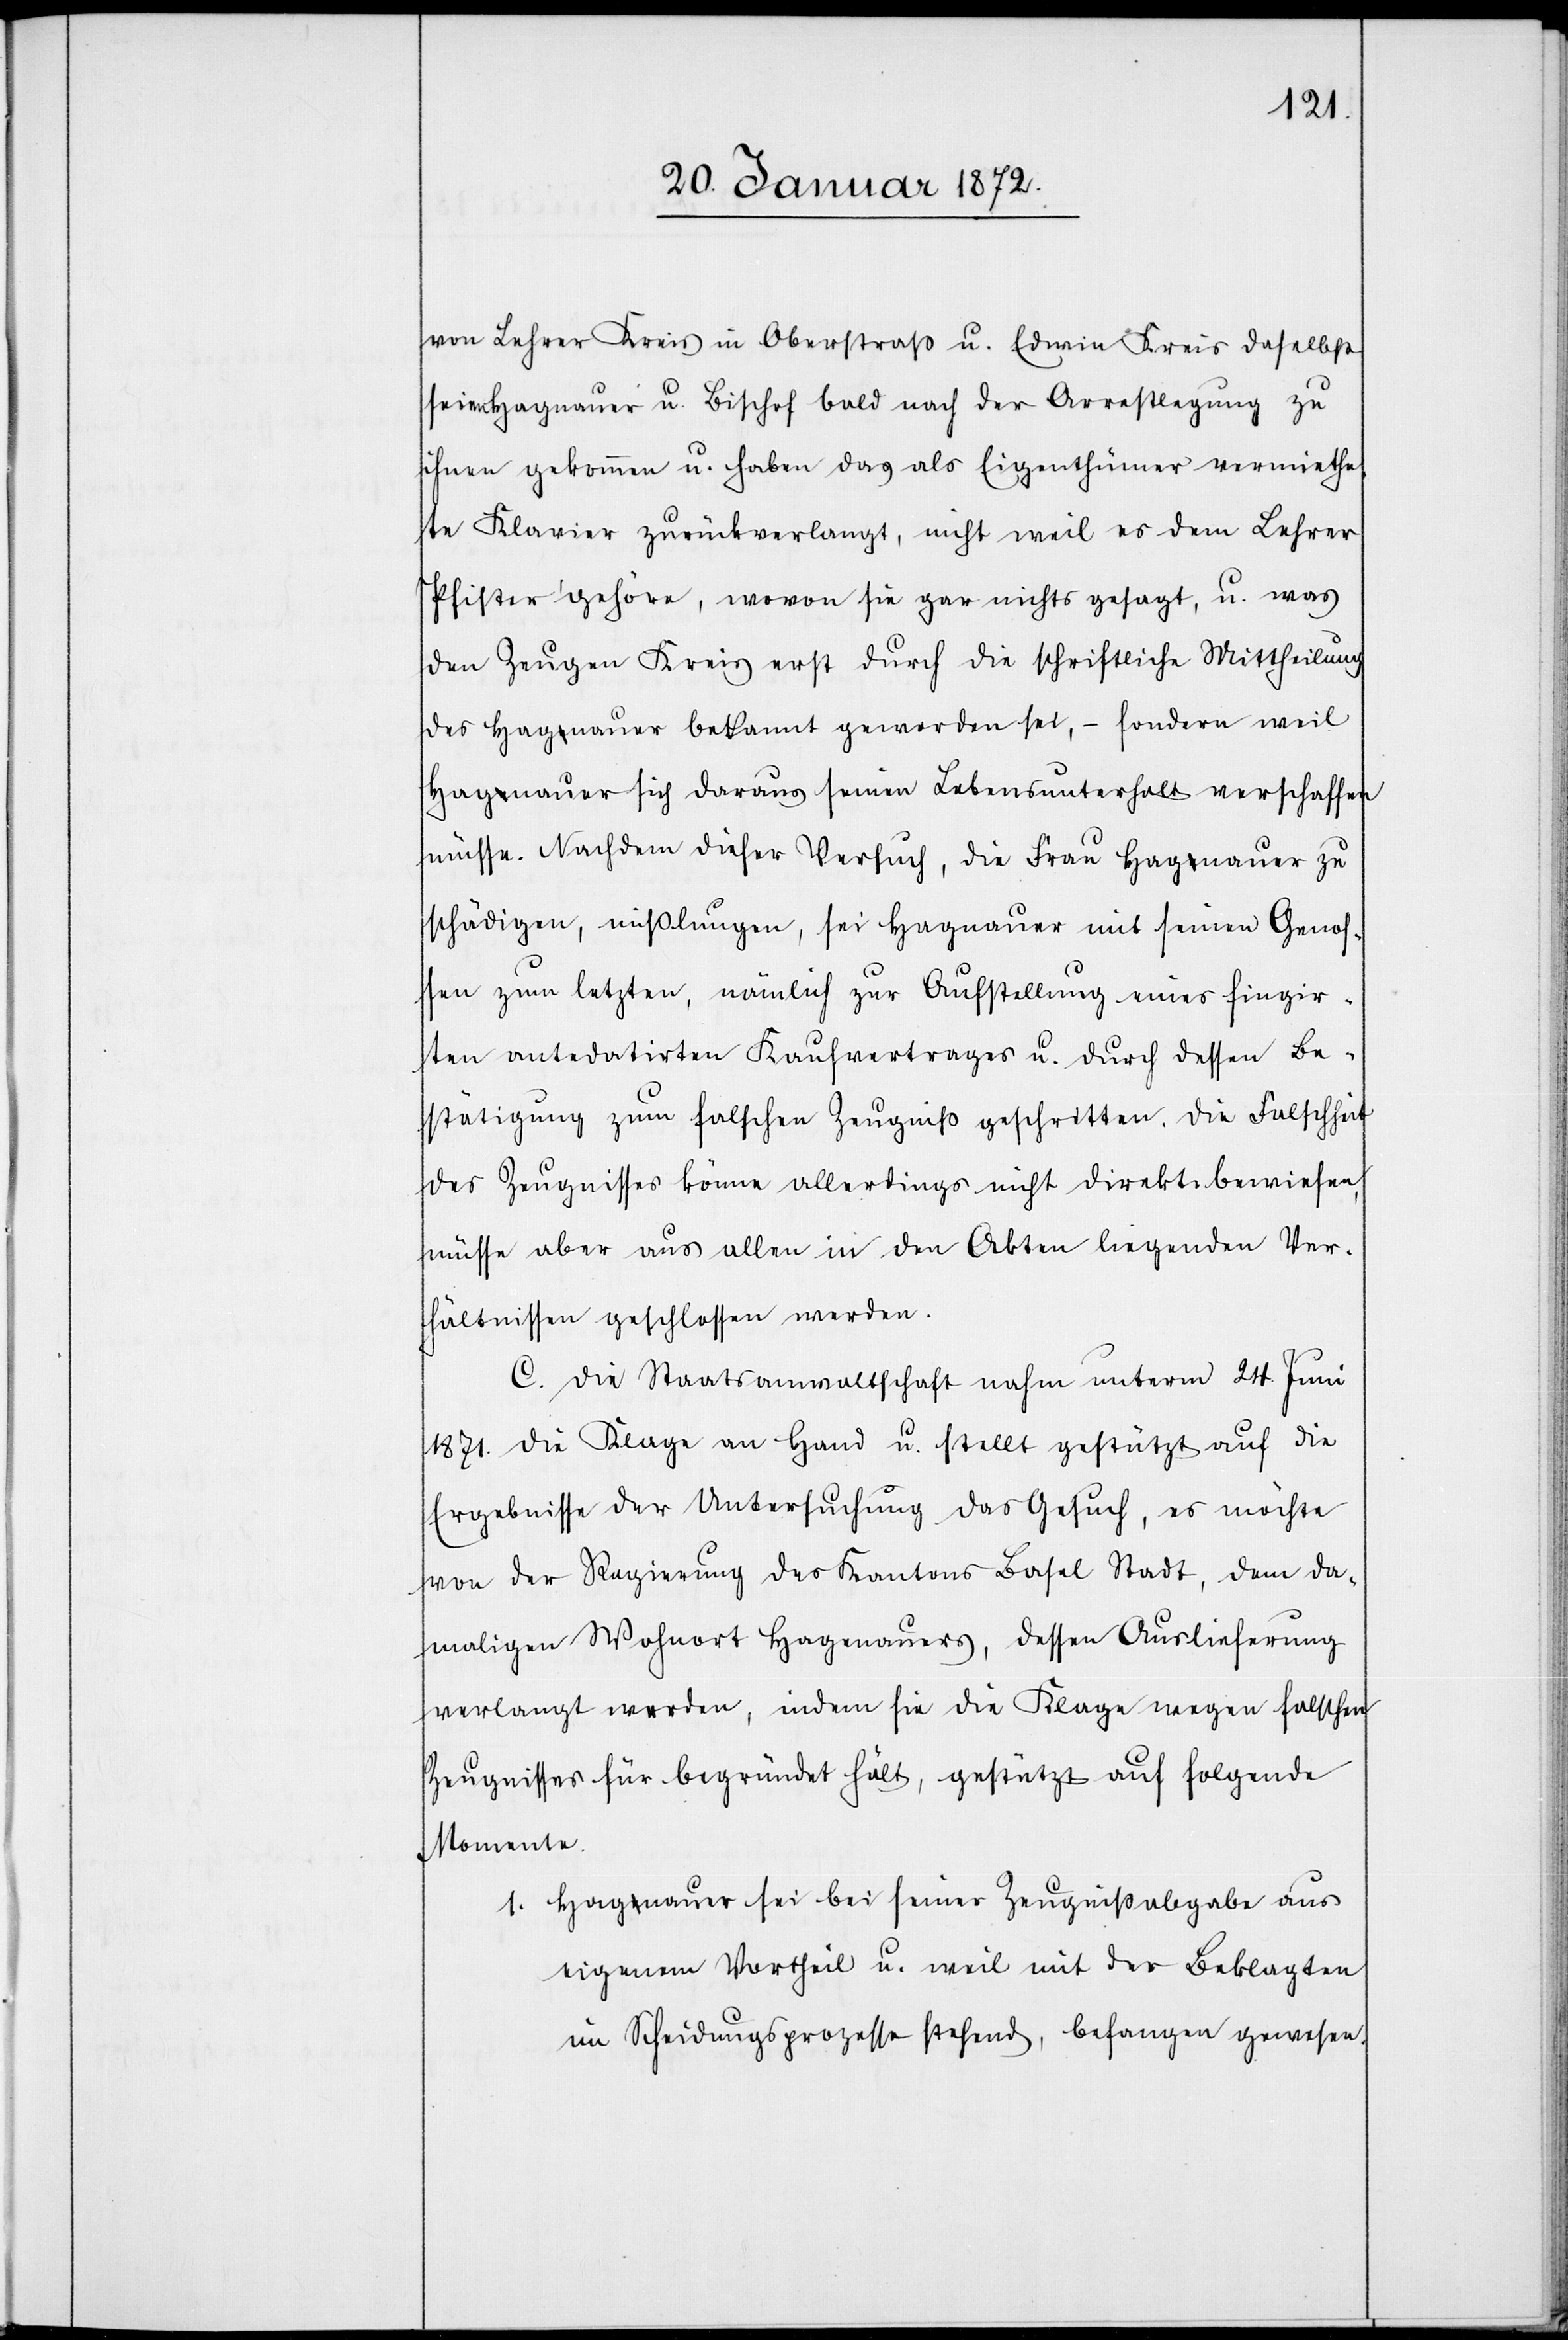
von Lehrer Kreis in Oberstraß u. Edwin Kreis daselbst
seien Hagnauer u. Bischof bald nach der Arrestlegung zu
ihnen gekommen u. haben das als Eigenthümer vermiethe¬
te Klavier zurückverlangt, nicht weil es dem Lehrer
Pfister gehöre, wovon sie gar nichts gesagt, u. was
den Zeugen Kreis erst durch die schriftliche Mittheilung
des Hagnauer bekannt geworden sei, – sondern weil
Hagnauer sich daraus seinen Lebensunterhalt verschaffen
müsse. Nachdem dieser Versuch, die Frau Hagnauer zu
schädigen, mißlungen, sei Hagnauer mit seinen Genos¬
sen zum letzten, nämlich zur Aufstellung eines fingir¬
ten antedatirten Kaufvertrages u. durch dessen Be¬
stätigung zum falschen Zeugniß geschritten. Die Falschheit
des Zeugnisses könne allerdings nicht direkt bewiesen,
müsse aber aus allen in den Akten liegenden Ver¬
hältnissen geschlossen werden.
C. Die Staatsanwaltschaft nahm unterm 24. Juni
1871. die Klage an Hand u. stellt gestützt auf die
Ergebnisse der Untersuchung das Gesuch, es möchte
von der Regierung des Kantons Basel Stadt, dem da¬
maligen Wohnort Hagenauers, dessen Auslieferung
verlangt werden, indem sie die Klage wegen falschen
Zeugnisses für begründet hält, gestützt auf folgende
Momente.
1. Hagnauer sei bei seiner Zeugnißabgabe aus
eigenem Vortheil u. weil mit der Beklagten
im Scheidungsprozesse stehend, befangen gewesen.